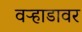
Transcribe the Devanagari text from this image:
वऱ्हाडावर